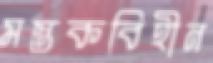
মস্তকবিহীন